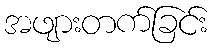
အဖျားတက်ခြင်း